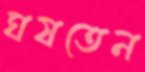
ঘষতেন